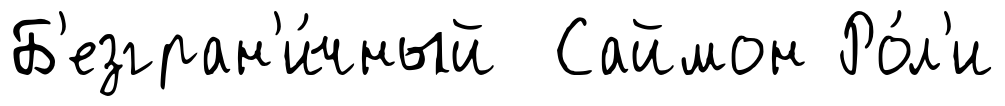
Б'езгран'и́чный Саймон Ро́л'и